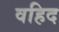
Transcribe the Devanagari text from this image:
वहिद